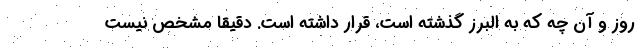
روز و آن چه که به البرز گذشته است، قرار داشته است. دقیقا مشخص نیست